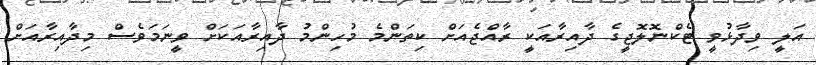
އަލީ ވިދާޅުވީ ޓެކްނޮލޮޖީގެ ދާއިރާއަކީ ރާއްޖެއަށް ކިތަންމެ މުހިންމު ދާއިރާއަކަށް ވީނަމަވެސް މިދާއިރާއަށް